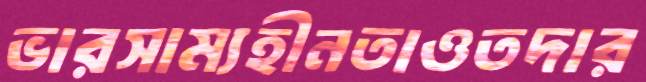
ভারসাম্যহীনতাওতদার